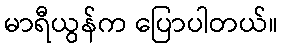
မာရီယွန်က ပြောပါတယ်။